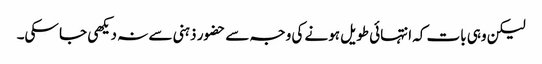
لیکن وہی بات کہ انتہائی طویل ہونے کی وجہ سے حضور ذہنی سے نہ دیکھی جا سکی۔